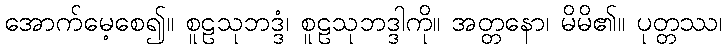
အောက်မေ့စေ၍။ စူဠသုဘဒ္ဒံ၊ စူဠသုဘဒ္ဒါကို။ အတ္တနော၊ မိမိ၏။ ပုတ္တဿ၊